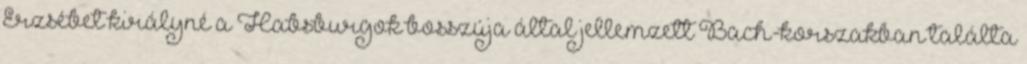
Erzsébet királyné a Habsburgok bosszúja által jellemzett Bach-korszakban találta